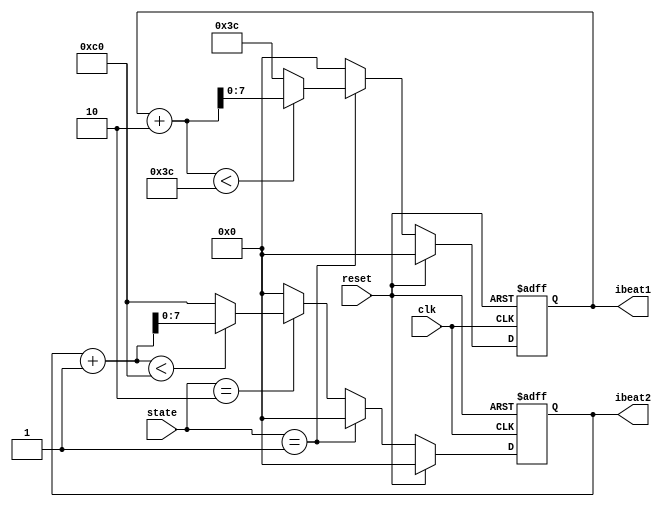
module player_control (
	input clk, 
	input reset, 
	input [2:0] state, 
	output reg [7:0] ibeat1,
    output reg [7:0] ibeat2
);
	// state
	parameter IDLE = 2'b00;
	parameter TYPING = 2'b01;
	parameter WRITING = 2'b10;

	parameter LEN_start = 60;
	parameter LEN_end = 192;
	// parameter coin_end = 84;
    
	reg [7:0] next_ibeat1, next_ibeat2;
	// assign ibeat = (state == TYPING) ? next_ibeat1 : next_ibeat2;

	always @(posedge clk, posedge reset) begin
		if (reset) begin
			ibeat1 <= 0;
            ibeat2 <= 0;
		end 
        else begin
			ibeat1 <= next_ibeat1;
            ibeat2 <= next_ibeat2;
        end
	end

    always @* begin
		if(reset) begin
			next_ibeat1 = 0;
			next_ibeat2 = 0;
		end
		else begin
			if(state == TYPING) begin
				next_ibeat1 = (ibeat1 + 2 < LEN_start) ? (ibeat1 + 2) : LEN_start;
				next_ibeat2 = 0;
			end
			else if(state == WRITING) begin
				next_ibeat2 = (ibeat2 + 1 < LEN_end) ? (ibeat2 + 1) : LEN_end;
				next_ibeat1 = 0;
			end
			else begin
				next_ibeat1 = 0;
				next_ibeat2 = 0;
			end
		end
	end

endmodule